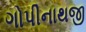
ગોપીનાથજી